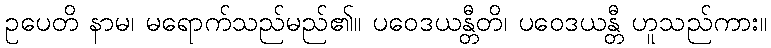
ဥပေတိ နာမ၊ မရောက်သည်မည်၏။ ပဝေဒယန္တီတိ၊ ပဝေဒယန္တီ ဟူသည်ကား။